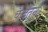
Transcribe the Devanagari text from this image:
कैदेंतून